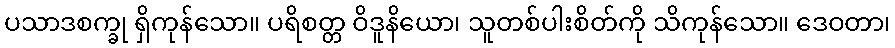
ပသာဒစက္ခု ရှိကုန်သော။ ပရိစတ္တ ဝိဒူနိယော၊ သူတစ်ပါးစိတ်ကို သိကုန်သော။ ဒေဝတာ၊